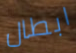
ابطال